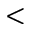
<